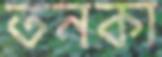
তনকা